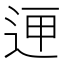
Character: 𲅚